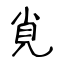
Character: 覍